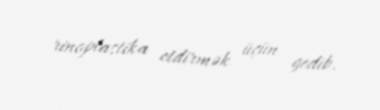
rinoplastika etdirmək üçün gedib.